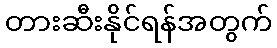
တားဆီးနိုင်ရန်အတွက်